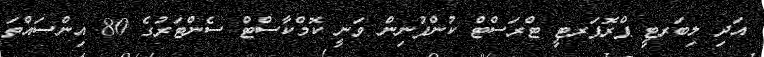
އަދި ލިބަރޓީ ޕްރޮޕަރޓީ ޓްރަސްޓް ކުންފުނިން ވަނީ ކޮމްކާސްޓް ސެންޓަރުގެ 80 އިންސައްތަ